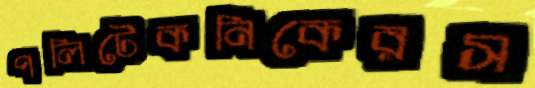
পলিটেকনিকেরস